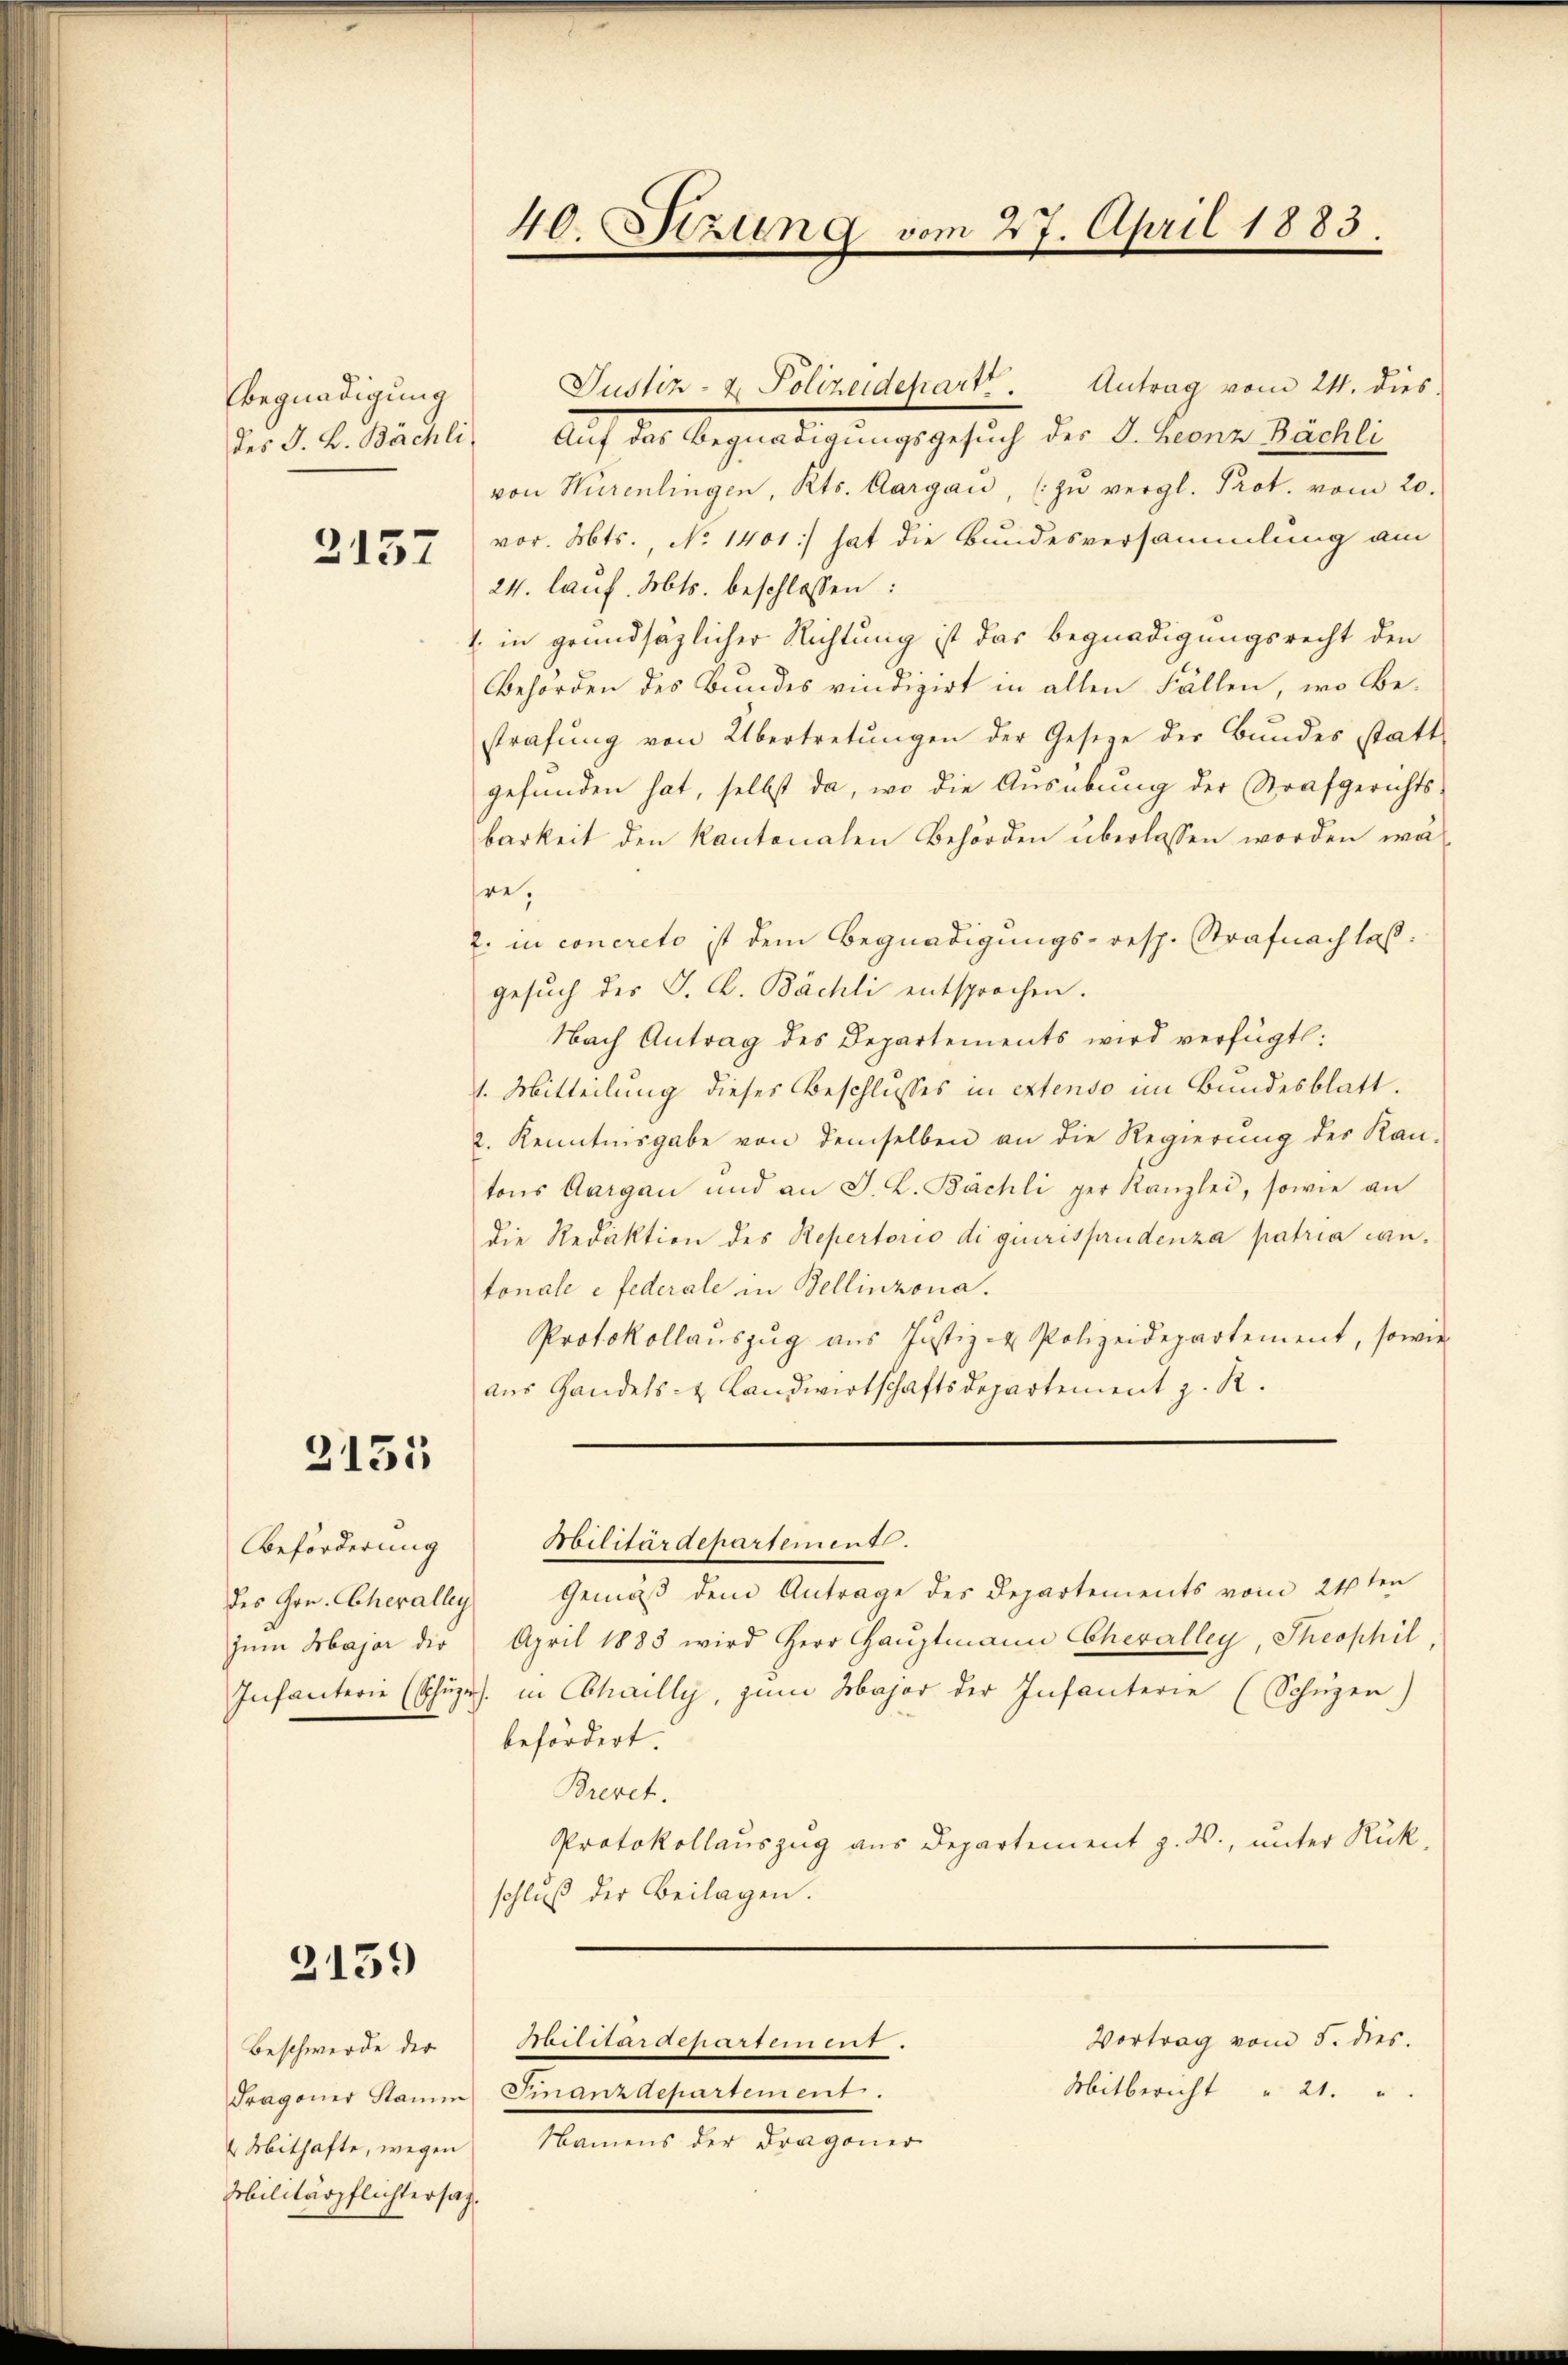
Begnadigung
des J. B. Bächli

2157

3151

Beförderung

2159

Beschwerde der
Mithafte, wegen
Militärpflichtersag

Auf das Begnadigungsgesuch des J. Leonz Bächli
von Nürenlingen, Kts. Aargau, zu vergl. Prot. vom 20.
vor. Mts., No 1401) hat die Bundesversammlung am
24. lauf. Mts. beschlossen:
1. in grundsätzlicher Richtung ist das Begnadigungsrecht den
Behörden des Bundes vindizirt in allen Fällen, wo Bestrafŭng von Übertretŭngen der Gesetze der Bŭndes statt
gefunden hat, selbst da, wo die Ausübung der Strafgerichts-
barkeit den kantonalen Behörden überlassen worden währe.
2. in concreto ist dem Begnadigungs- resp. Strafnachlaß.
gesuch des J. C. Bächli entsprochen.
Nach Antrag des Departements wird verfügt:
1. Mitteilung dieses Beschlusses in extenso im Bundesblatt.
2. Kenntnisgabe von demselben an die Regierŭng des Kan-
tons Aargau und an J. L. Bächli per Kanzlei, sowie an
die Redaktion des Repertorio di querisprudenza patria cantonale e federale in Bellinzona.
Protokollaŭszŭg aŭs Justiz & Polizeidepartement, sowie
aŭs Gandels- & Landwirtschaftsdepartement z. R.

40. Stzung vom 27. April 1883.

Justiz- & Polizeidepart. Antrag vom 24. dies

Abilitärdepartement.

des Hrn. Chevalley Gemäß dem Antrage des Departements vom 21ten
zŭm Major der April 1883 wird Herr Haŭptmann Chevalley, Theophil,
Infanterie (Schŭzi. in Schailly, zum Major der Infanterie (Schüzen)
befördert.
Brevet.
Protokollauszug aus Departement z. B., unter Rükschluß der Beilagen.

Militärdepartement.

Mitbericht " 21.
Dragoner Stamm Finanzdepartement.
Namens der Dragoner

Vortrag vom 5. dies.